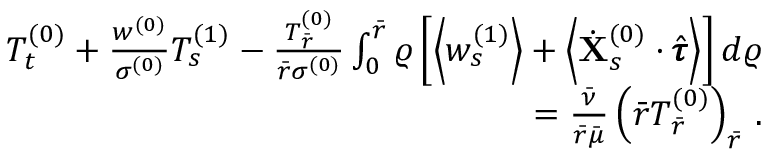
\begin{array} { r } { T _ { t } ^ { ( 0 ) } + \frac { w ^ { ( 0 ) } } { \sigma ^ { ( 0 ) } } T _ { s } ^ { ( 1 ) } - \frac { T _ { \bar { r } } ^ { ( 0 ) } } { \bar { r } \sigma ^ { ( 0 ) } } \int _ { 0 } ^ { \bar { r } } \varrho \left[ \left< w _ { s } ^ { ( 1 ) } \right> + \left< \dot { \mathbf { X } } _ { s } ^ { ( 0 ) } \cdot \hat { \pmb { \tau } } \right> \right] d \varrho } \\ { = \frac { \bar { \nu } } { \bar { r } \bar { \mu } } \left( \bar { r } T _ { \bar { r } } ^ { ( 0 ) } \right) _ { \bar { r } } \, . } \end{array}